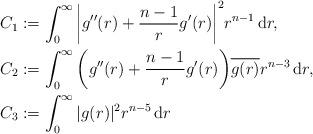
LaTeX: \begin{align*}C_1 & := \int_0^\infty \bigg|g''(r) + \frac{n-1}{r}g'(r)\bigg|^2 r^{n-1} \, \mathrm{d}r, \\C_2 & := \int_0^\infty \bigg(g''(r) + \frac{n - 1}{r} g'(r)\bigg)\overline{g(r)} r^{n-3} \, \mathrm{d}r, \\ C_3 & := \int_0^\infty |g(r)|^2 r^{n-5} \, \mathrm{d}r \end{align*}